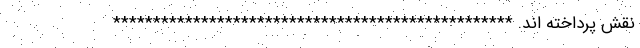
نقش پرداخته اند. **************************************************